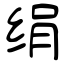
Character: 绢